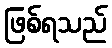
ဖြစ်ရသည်